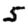
Digit: 5